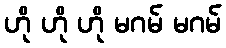
ဟို ဟို ဟို မဂမ် မဂမ်